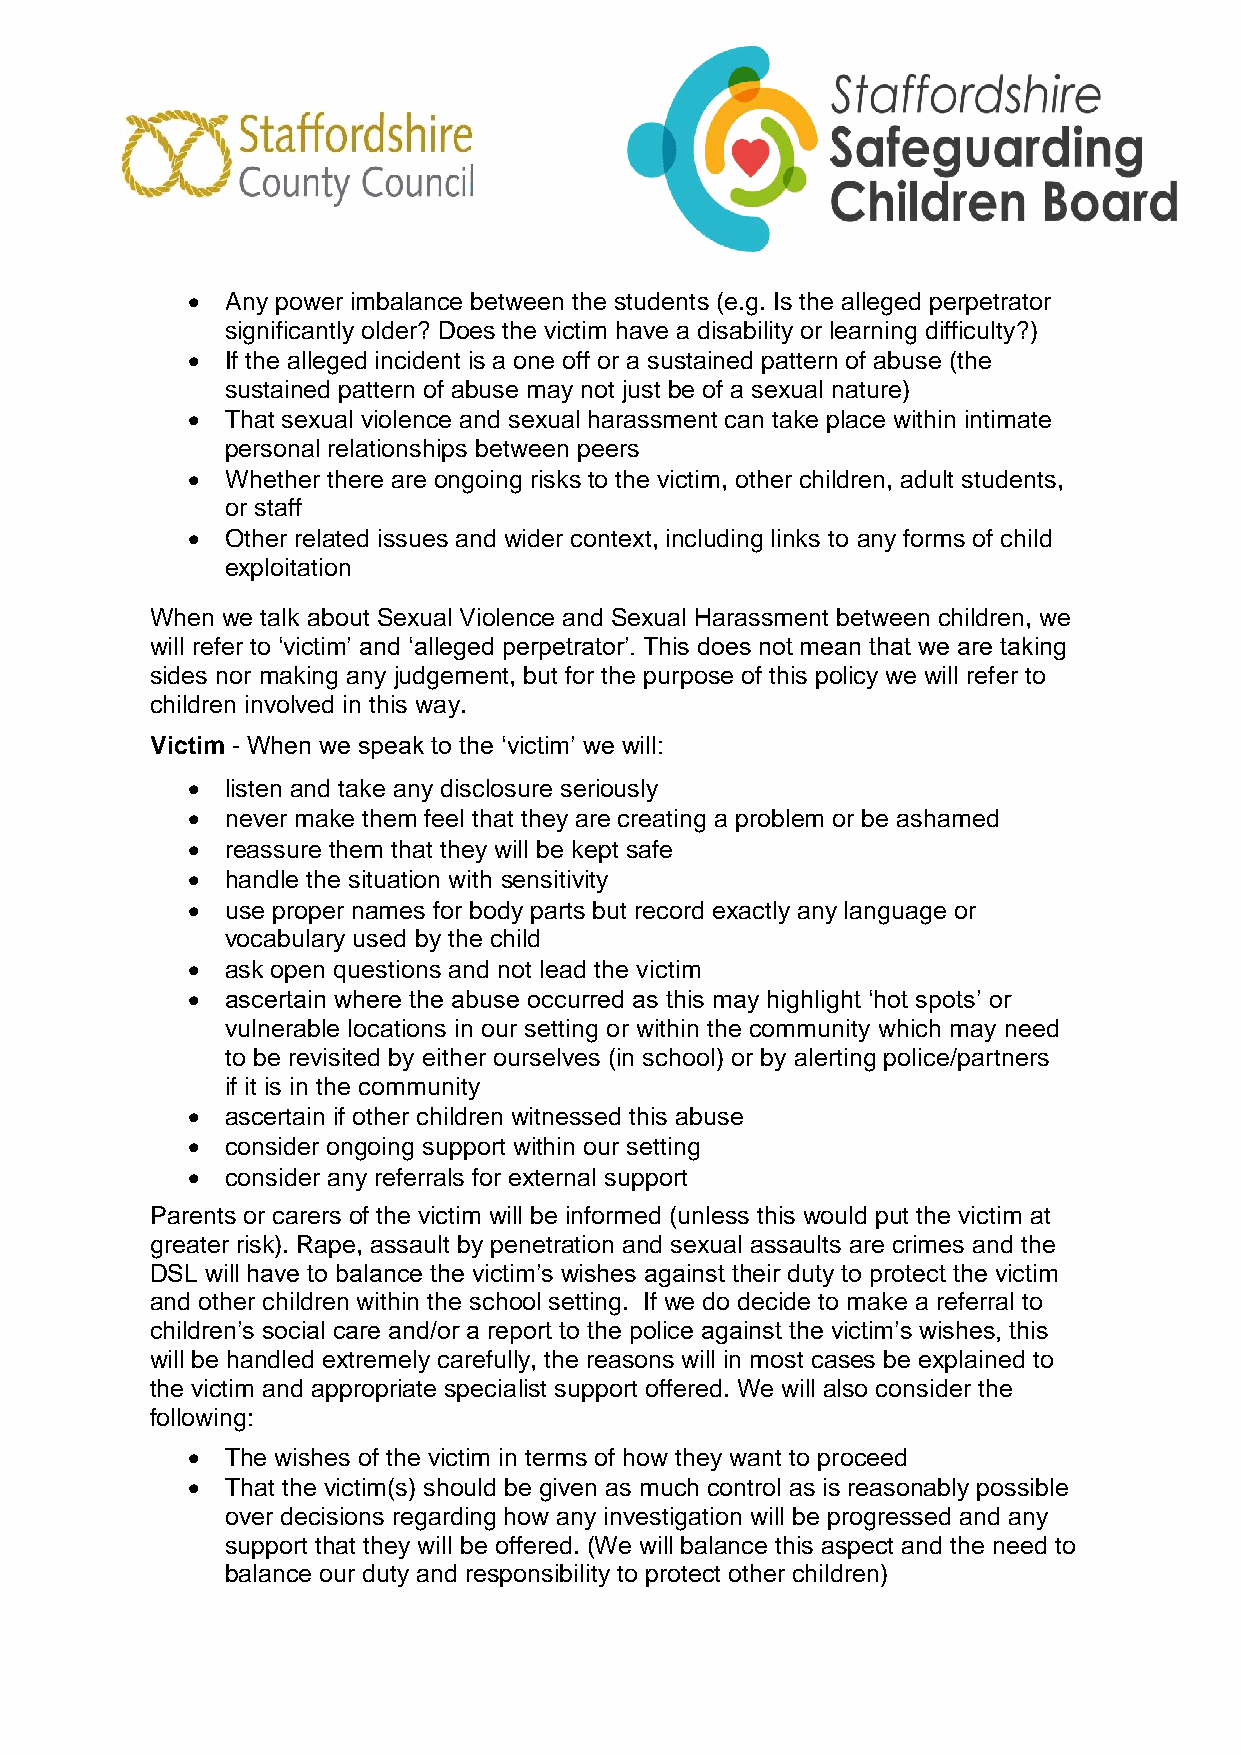
  Any power imbalance between the students (e.g. Is the alleged perpetrator
 significantly older? Does the victim have a disability or learning difficulty?)
   If the alleged incident is a one off or a sustained pattern of abuse (the
 sustained pattern of abuse may not just be of a sexual nature)
   That sexual violence and sexual harassment can take place within intimate
 personal relationships between peers
   Whether there are ongoing risks to the victim, other children, adult students,
 or staff
   Other related issues and wider context, including links to any forms of child
 exploitation
 When we talk about Sexual Violence and Sexual Harassment between children, we
 will refer to ‘victim’ and ‘alleged perpetrator’. This does not mean that we are taking
 sides nor making any judgement, but for the purpose of this policy we will refer to
 children involved in this way.
 Victim - When we speak to the ‘victim’ we will:
   listen and take any disclosure seriously
   never make them feel that they are creating a problem or be ashamed
   reassure them that they will be kept safe
   handle the situation with sensitivity
   use proper names for body parts but record exactly any language or
 vocabulary used by the child
   ask open questions and not lead the victim
   ascertain where the abuse occurred as this may highlight ‘hot spots’ or
 vulnerable locations in our setting or within the community which may need
 to be revisited by either ourselves (in school) or by alerting police/partners
 if it is in the community
   ascertain if other children witnessed this abuse
   consider ongoing support within our setting
   consider any referrals for external support
 Parents or carers of the victim will be informed (unless this would put the victim at
 greater risk). Rape, assault by penetration and sexual assaults are crimes and the
 DSL will have to balance the victim’s wishes against their duty to protect the victim
 and other children within the school setting. If we do decide to make a referral to
 children’s social care and/or a report to the police against the victim’s wishes, this
 will be handled extremely carefully, the reasons will in most cases be explained to
 the victim and appropriate specialist support offered. We will also consider the
 following:
   The wishes of the victim in terms of how they want to proceed
   That the victim(s) should be given as much control as is reasonably possible
 over decisions regarding how any investigation will be progressed and any
 support that they will be offered. (We will balance this aspect and the need to
 balance our duty and responsibility to protect other children)